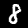
Digit: 8